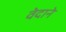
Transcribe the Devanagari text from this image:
वेदाने